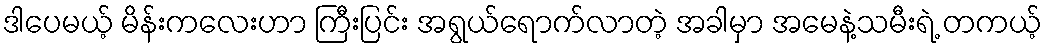
ဒါပေမယ့် မိန်းကလေးဟာ ကြီးပြင်း အရွယ်ရောက်လာတဲ့ အခါမှာ အမေနဲ့သမီးရဲ့ တကယ့်